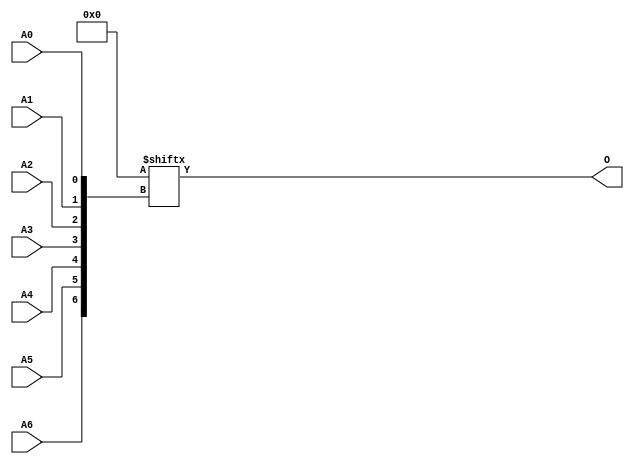
// $Header: /devl/xcs/repo/env/Databases/CAEInterfaces/xec_libs/data/unisims/ROM128X1.v,v 1.2 2007/05/02 17:18:07 vandanad Exp $

/*

FUNCTION	: ROM 128x1

*/

`celldefine
`timescale  100 ps / 10 ps

module ROM128X1 (O, A0, A1, A2, A3, A4, A5, A6);

    parameter INIT = 128'h00000000000000000000000000000000;

    output O;

    input  A0, A1, A2, A3, A4, A5, A6;

    wire dout;
    wire [6:0] adr;

    reg mem [0:127];
    reg  [15:0] count;

    buf b0 (adr[6], A6);
    buf b1 (adr[5], A5);
    buf b2 (adr[4], A4);
    buf b3 (adr[3], A3);
    buf b4 (adr[2], A2);
    buf b5 (adr[1], A1);
    buf b6 (adr[0], A0);
    buf b7 (O, dout);

// synopsys translate_off
    initial begin
	for(count = 0; count < 128; count = count + 1)
	    mem[count] = INIT[count];
    end
// synopsys translate_on

    assign dout = INIT[adr];

endmodule